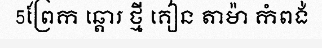
5ព្រែក ឆ្តោរ ថ្មី គៀន តាម៉ា កំពង់